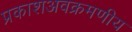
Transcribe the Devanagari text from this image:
प्रकाशअवक्रमणीय